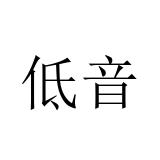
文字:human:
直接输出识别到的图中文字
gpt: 低音